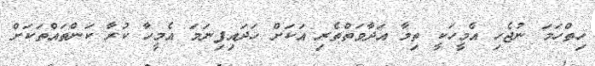
ހިތްހަމަ ނުޖެހި އެމީހަކީ ތިމާ އަދާވަތްތެރި އަކަށް ހަދައިފިނަމަ އެމީހާ ކުރާ ކަންތައްތަކަށް